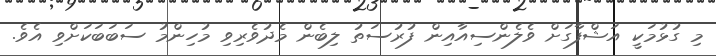
މި ގުޅުމަކީ އަޝްފާގަށް ވެލެންސިއާއިން ފުރުސަތު ލިބެން މެދުވެރިވި މުހިންމު ސަބަބަކަށްވި އެވެ.